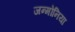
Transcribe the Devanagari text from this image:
जन्मोनिया